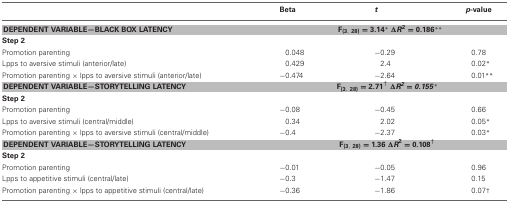
|  | Beta | t | p-value |
 | --- | --- | --- | --- |
 | DEPENDENT VARIABLE—BLACK BOX LATENCY | <COLSPAN=3> F(3, 28) = 3.14* ΔR2 = 0.186** |
 | <COLSPAN=4> Step 2 |
 | Promotion parenting | 0.048 | −0.29 | 0.78 |
 | Lpps to aversive stimuli (anterior/late) | 0.429 | 2.4 | 0.02* |
 | Promotion parenting × lpps to aversive stimuli (anterior/late) | −0.474 | −2.64 | 0.01** |
 | DEPENDENT VARIABLE—STORYTELLING LATENCY | <COLSPAN=3> F(3, 28) = 2.71† ΔR2 = 0.155* |
 | <COLSPAN=4> Step 2 |
 | Promotion parenting | −0.08 | −0.45 | 0.66 |
 | Lpps to aversive stimuli (central/middle) | 0.34 | 2.02 | 0.05* |
 | Promotion parenting × lpps to aversive stimuli (central/middle) | −0.4 | −2.37 | 0.03* |
 | DEPENDENT VARIABLE—STORYTELLING LATENCY | <COLSPAN=3> F(3, 28) = 1.36 ΔR2 = 0.108† |
 | <COLSPAN=4> Step 2 |
 | Promotion parenting | −0.01 | −0.05 | 0.96 |
 | Lpps to appetitive stimuli (central/late) | −0.3 | −1.47 | 0.15 |
 | Promotion parenting × lpps to appetitive stimuli (central/late) | −0.36 | −1.86 | 0.07† |